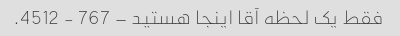
فقط یک لحظه آقا اینجا هستید – 767 - 4512.